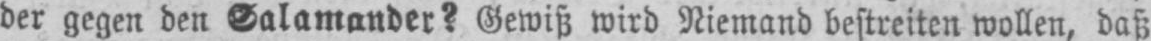
der gegen den Salamander? Gewiß wird Niemand bestreiten wollen, daß